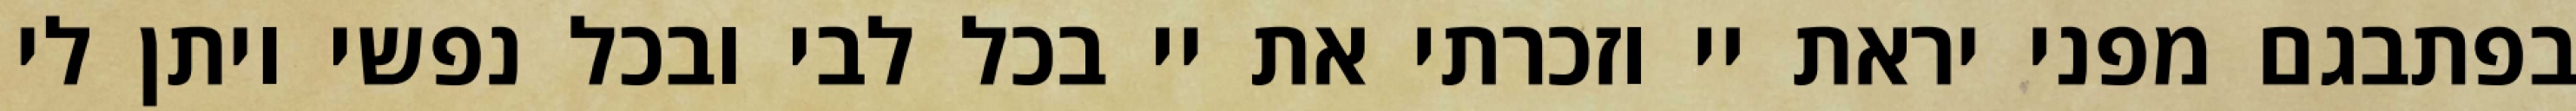
בפתבגם מפני יראת יי וזכרתי את יי בכל לבי ובכל נפשי ויתן לי